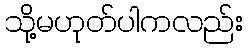
သို့မဟုတ်ပါကလည်း